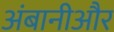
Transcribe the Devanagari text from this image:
अंबानीऔर